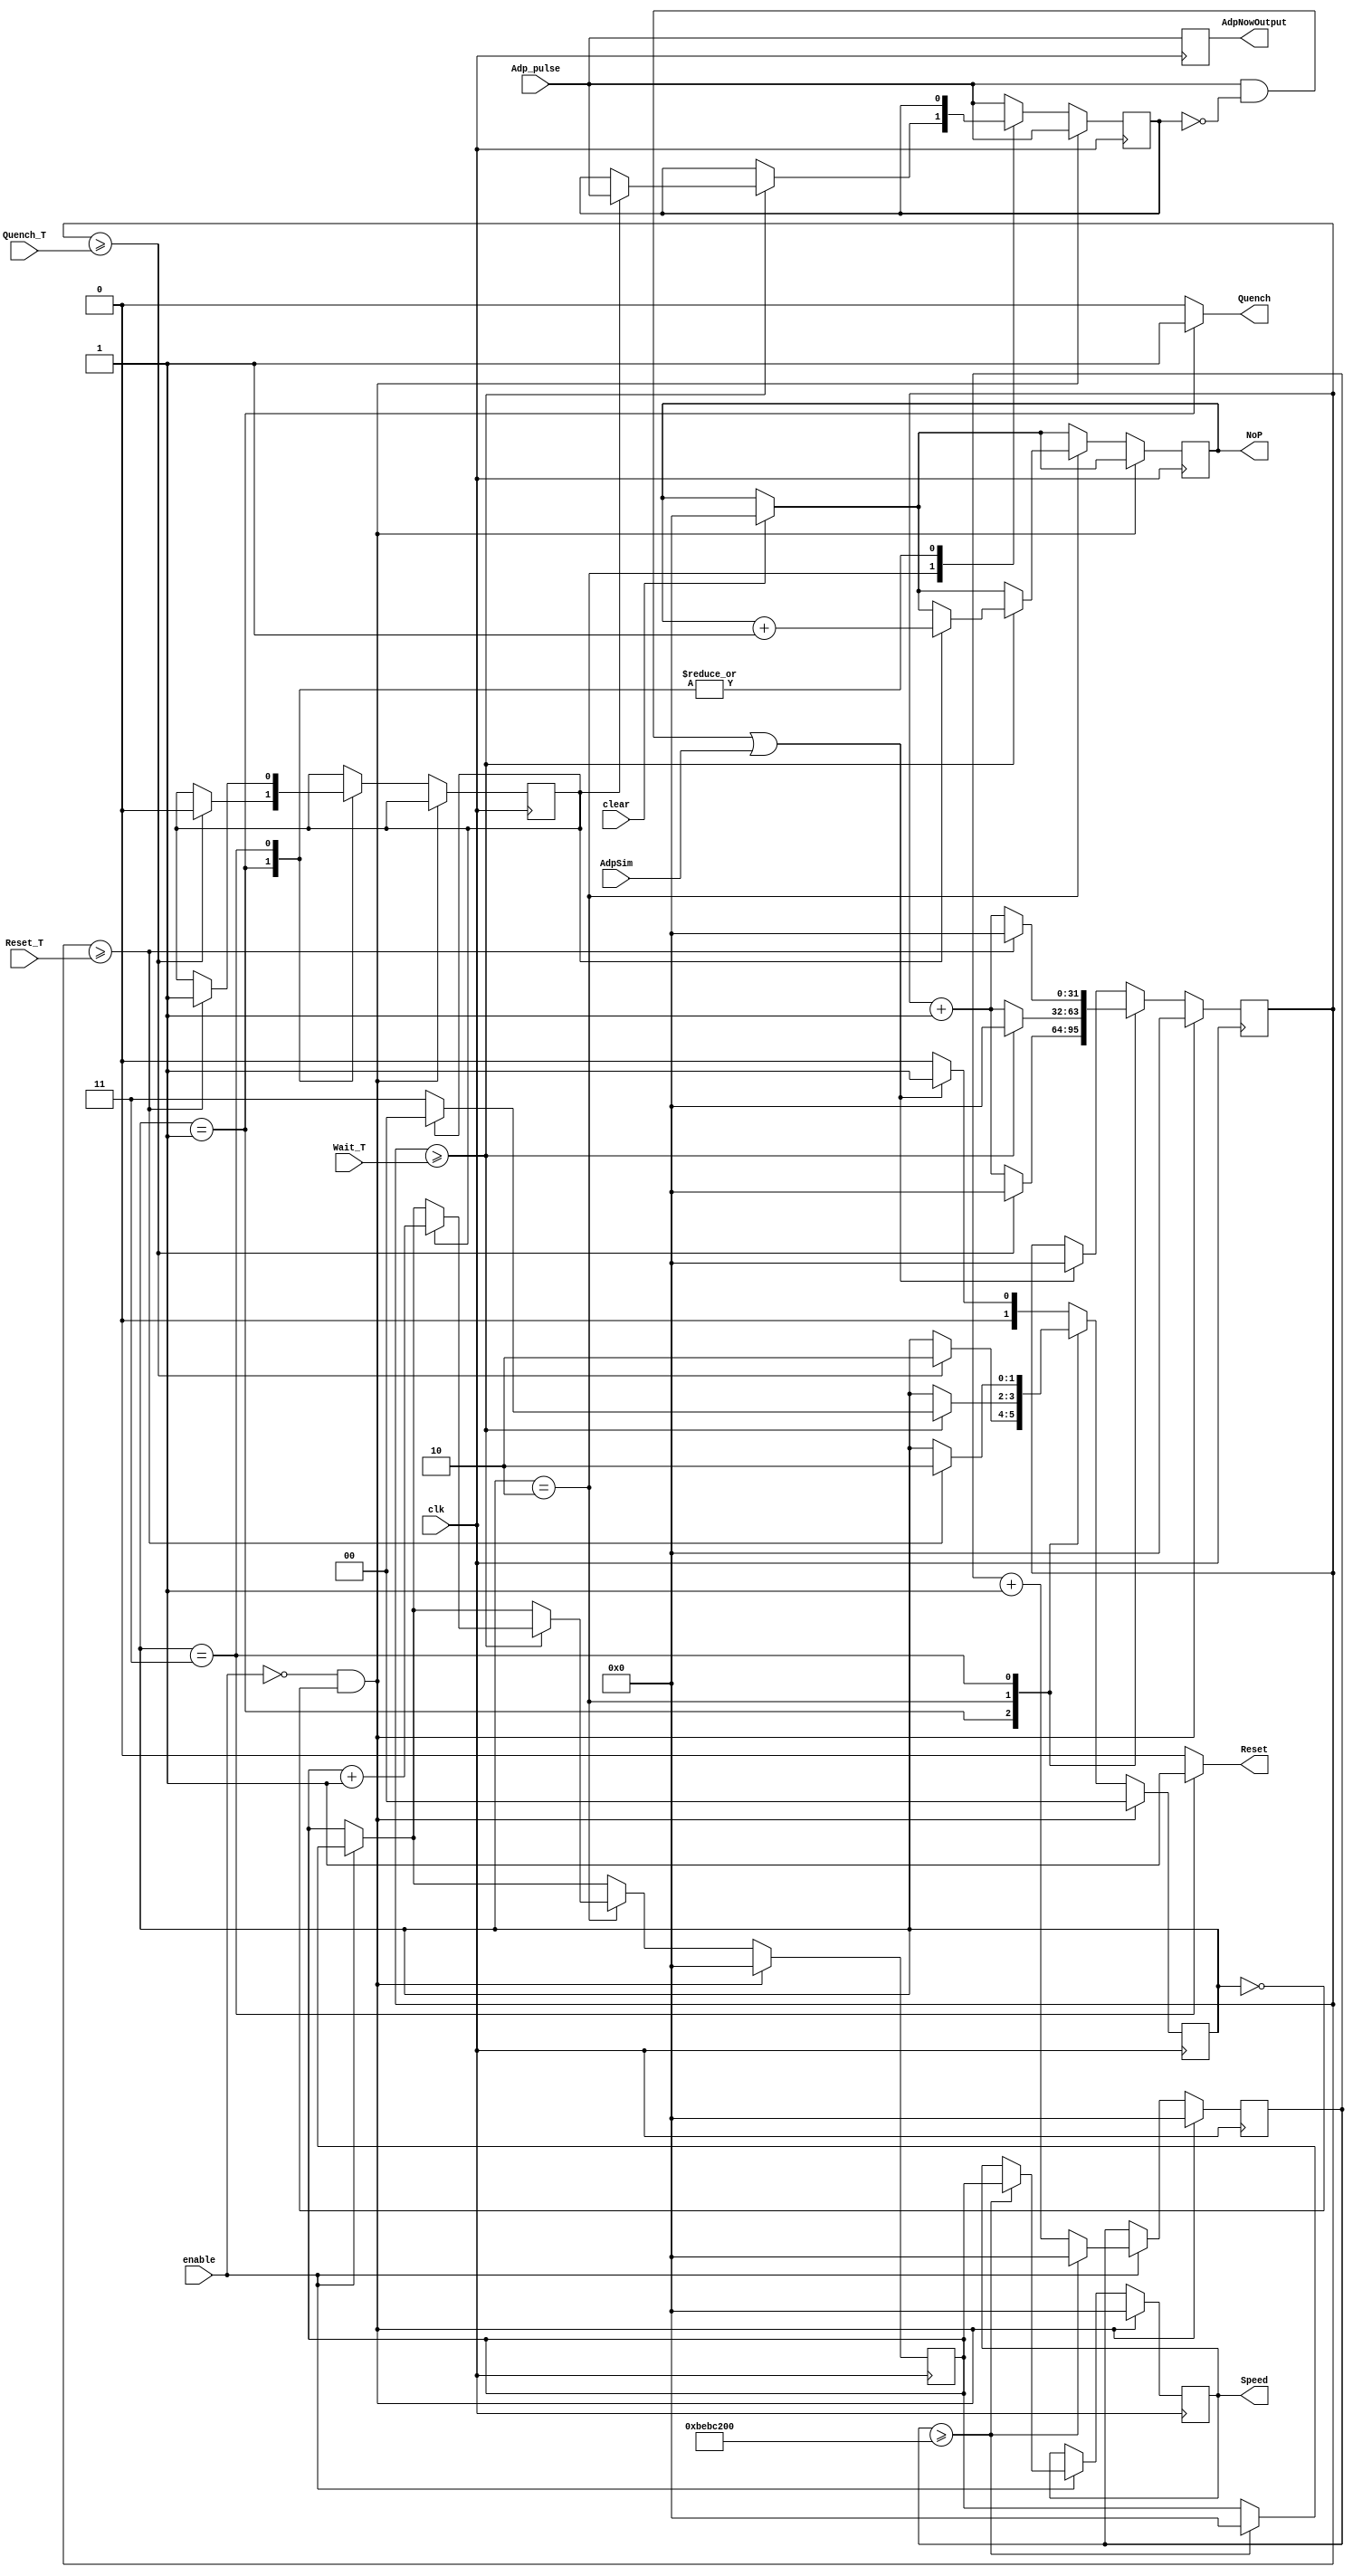
`timescale 1ns / 1ps
//////////////////////////////////////////////////////////////////////////////////
// Company: 
// Engineer: 
// 
// Design Name: 
// Module Name: SlowLogicHW
// Project Name: 
// Target Devices: 
// Tool Versions: 
// Description: 
// 
// Dependencies: 
// 
// Revision:
// Revision 0.01 - File Created
// Additional Comments:
// 
//////////////////////////////////////////////////////////////////////////////////


module ApdLogicHW(
    //Main Clock
    input wire clk,
    //Input pulse source
    input wire Adp_pulse,
    
    input wire AdpSim,
    
    //Input Delay(clk cycle) in 16bit 
    input wire [31:0] Quench_T,
    input wire [31:0] Wait_T,
    input wire [31:0] Reset_T,
    
    input wire enable,
    input wire clear,
    
    //Output Pulse
    output reg Quench,
    output reg Reset,
    output reg AdpNowOutput,
    
    //Output pulse Adp counts
    output reg [31:0] NoP,
    
    //output pulse speed
    output reg [31:0] Speed
    );

reg [1:0] state = 2'd0;

reg [31:0]clk_tgt = 32'd0;

reg [31:0] speedclk = 32'd0;

reg [31:0] Nop_Speed = 32'd0;

reg AfterReset = 0;

reg AdpNow;

reg AdpPE, AdpPre; 
//reg AdpSimPE, AdpSimPre;

parameter S0 = 2'd0, S1 = 2'd1, S2 = 2'd2, S3 = 2'd3;




always @ (state) 
begin
    case (state)
        S1:begin
           Quench = 1'b1;
           Reset = 1'b0;
           end
        S2:begin
           Quench = 1'b0;
           Reset = 1'b0;
           end
        S3:begin
           Quench = 1'b0;
           Reset = 1'b1;
           end
        default:begin
           Quench = 1'b0;
           Reset = 1'b0;
           end
    endcase
end

initial NoP <= 0;


always @ (posedge clk) 
begin
    AdpNow = Adp_pulse;
    AdpNowOutput = AdpNow;
    
    if (clear)
        NoP <= 0;

// if the counter is enabled, update the speed at the interval of 100ms    
    if (enable)
        begin
            speedclk <= speedclk + 1;
            //d'200000000 x 5ns = 1s
            if (speedclk >= 32'd200000000)
                begin
                    Speed = Nop_Speed;
                    Nop_Speed <= 32'd0;
                    speedclk  <= 32'd0;
                end
        end
        
    if (!enable && state ==S0) 
        begin
            state <= S0;
            clk_tgt <= 0;
            AdpPre = AdpNow;
            speedclk <= 0;
            Speed <= 0;
            Nop_Speed <= 0;
            //AdpSimPre <=AdpSim;
        end
    else 
        begin
            case (state)
               S1:
               begin
                  if(clk_tgt >= Quench_T) 
                      begin
                        AfterReset <= 0;
                        clk_tgt <= 0;
                        state <= S2;
                      end
                  else
                      clk_tgt<=clk_tgt+1;
               end
               S2:
               begin
                  if(clk_tgt >= Wait_T)
                    if (AfterReset) 
                      begin
                        state <= S0;
                        clk_tgt <= 0;
                        NoP <= NoP +1;
                        Nop_Speed <= Nop_Speed +1;
                        AdpPre = AdpNow;
                       // AdpSimPre <=AdpSim;
                        
                      end
                    else
                      begin
                        clk_tgt <= 0;
                        state <= S3;
                      end
                  else
                      clk_tgt=clk_tgt+1;
               end
               S3:
               begin
                  if(clk_tgt >= Reset_T) 
                      begin
                        clk_tgt <= 0;
                        state <= S2;
                        AfterReset <= 1;
                      end
                  else
                      clk_tgt<=clk_tgt+1;
               end
               default:
               begin
                  AdpPE = ((AdpNow == 1) && (AdpPre == 0));
                  //AdpSimPE= ((AdpSim ==1) && (AdpSimPre ==0));
                  AdpPre = AdpNow;
                  //AdpSimPre <=AdpSim;
                  if(AdpPE || AdpSim) 
                      begin
                        clk_tgt <= 0;
                        state = S1;
                      end
                  else
                      state <= S0;
               end
            endcase
        end
end

endmodule